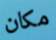
مكان